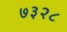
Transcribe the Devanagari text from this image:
७३२८